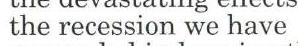
the recession we have